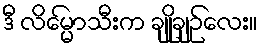
ဒီ လိမ္မော်သီးက ချိုချဉ်လေး။